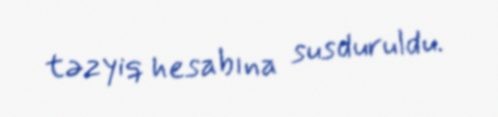
təzyiq hesabına susduruldu.